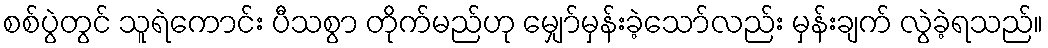
စစ်ပွဲတွင် သူရဲကောင်း ပီသစွာ တိုက်မည်ဟု မျှော်မှန်းခဲ့သော်လည်း မှန်းချက် လွဲခဲ့ရသည်။